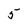
Character: 5